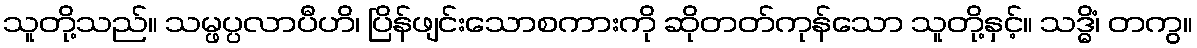
သူတို့သည်။ သမ္ဖပ္ပလာပီဟိ၊ ပြိန်ဖျင်းသောစကားကို ဆိုတတ်ကုန်သော သူတို့နှင့်။ သဒ္ဓိံ၊ တကွ။